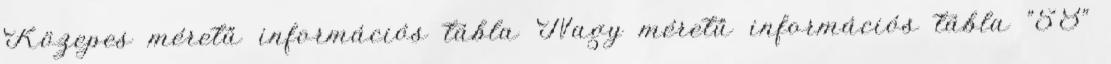
Közepes méretű információs tábla Nagy méretű információs tábla "58"